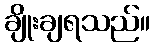
ချိုးချရသည်။